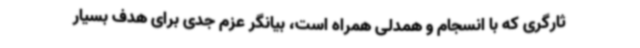
ثارگری که با انسجام و همدلی همراه است، بیانگر عزم جدی برای هدف بسیار